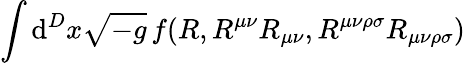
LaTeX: \int\mathrm{d}^{D}x{\sqrt{-g}}\, f(R,R^{\mu\nu}R_{\mu\nu},R^{\mu\nu\rho\sigma}R_{\mu\nu\rho\sigma})